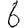
Digit: 6